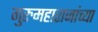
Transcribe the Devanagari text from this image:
गुरुमहाराजांच्या